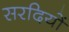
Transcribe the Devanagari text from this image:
सरदियों